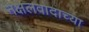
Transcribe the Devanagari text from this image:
नक्षलवादाच्या